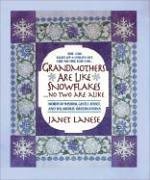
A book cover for Grandmothers Are Like Snowflakes...No Two Are Alike: Words of Wisdom, Gentle Advice, & Hilarious Observations; Janet Lanese; Parenting & Relationships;